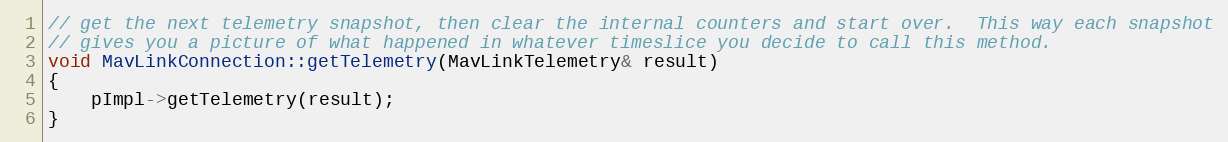
Language: C++
// get the next telemetry snapshot, then clear the internal counters and start over.  This way each snapshot
// gives you a picture of what happened in whatever timeslice you decide to call this method.
void MavLinkConnection::getTelemetry(MavLinkTelemetry& result)
{
    pImpl->getTelemetry(result);
}